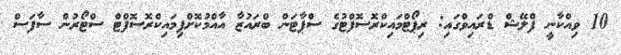
10 ވިއްކާނީ ފްލޭޝް ޑްރައިވްގައި: ރިޕޯޓްމައިކްރޮސޮފްޓުގެ ސްޕާޓަން ބްރައުޒާ އާއްމުކޮށްފިމައިކްރޮސޮފްޓް ސްޓޯރުން ސާފަސް